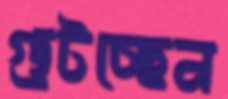
গুটচ্ছেন